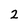
Character: 2